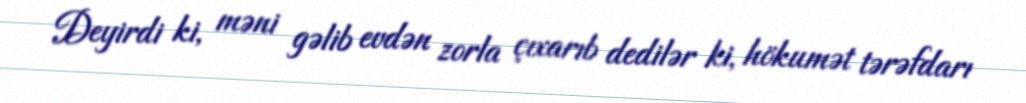
Deyirdi ki, məni gəlib evdən zorla çıxarıb dedilər ki, hökumət tərəfdarı